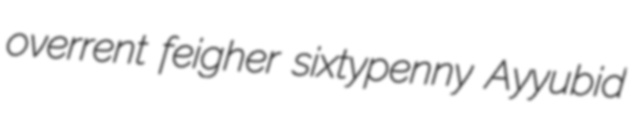
overrent feigher sixtypenny Ayyubid